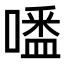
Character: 𠽲